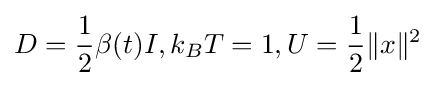
D={\frac {1}{2}}\beta (t)I,k_{B}T=1,U={\frac {1}{2}}\|x\|^{2}